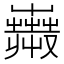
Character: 𧁇